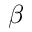
\beta